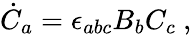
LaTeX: {\dot{C}}_{a}=\epsilon_{abc}B_{b}C_{c}\ ,